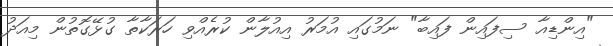
"އިންޑިއާ ސިފައިން ފައިބާ" ނަމުގައި އުމަރު އިއުލާން ކުރެއްވި ހަރަކާތާ ގުޅޭގޮތުން މިއަދު